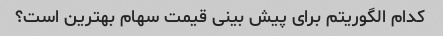
کدام الگوریتم برای پیش بینی قیمت سهام بهترین است؟